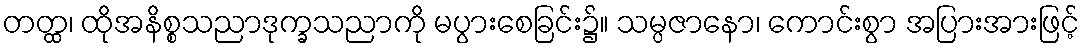
တတ္ထ၊ ထိုအနိစ္စသညာဒုက္ခသညာကို မပွားစေခြင်း၌။ သမ္ပဇာနော၊ ကောင်းစွာ အပြားအားဖြင့်